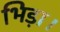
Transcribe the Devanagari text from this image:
भिड़ा।